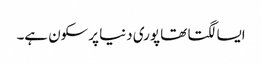
ایسا لگتا تھا پوری دنیا پرسکون ہے۔